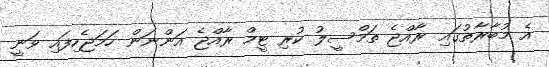
އެ މުބާރާތުގައި ރާއްޖެ ތަމްސީލު ކުރި ޓީމް ރާއްޖެ އަންނަން ހަމަޖެހިފައި ވަނީ